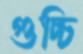
গুচ্চি